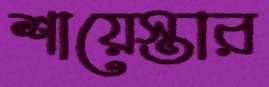
শায়েস্তার